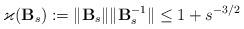
LaTeX: \begin{align*}\varkappa(\mathbf B_s) := \| \mathbf B_s \| \| \mathbf B_s^{-1} \| \leq 1 + s^{-3/2}\end{align*}